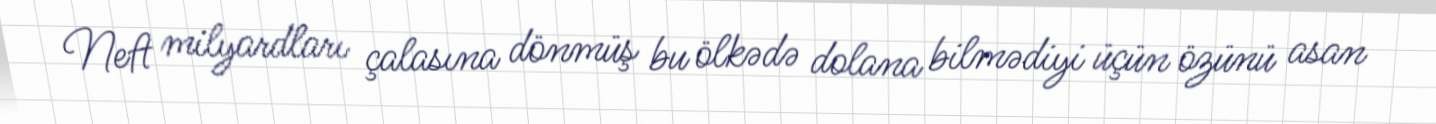
Neft milyardları çalasına dönmüş bu ölkədə dolana bilmədiyi üçün özünü asan